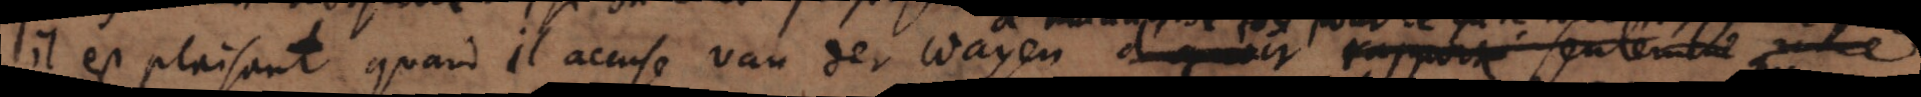
il est plaisant quand il accuse van der Wayen